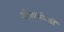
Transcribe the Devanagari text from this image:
सांजापोळी